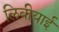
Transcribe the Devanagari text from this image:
लिबीयाई